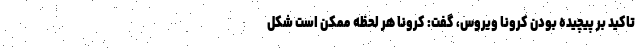
تاکید بر پیچیده بودن کرونا ویروس، گفت: کرونا هر لحظه ممکن است شکل